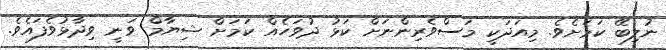
ނުލިބޭ ކަމަށެވެ. މިއަދަކީ މަސްވެރިންނަށް ކަޅު ދުވަހެއް ކަމަށް ޝިޔާމް ވަނީ ވިދާޅުވެފައެވެ.